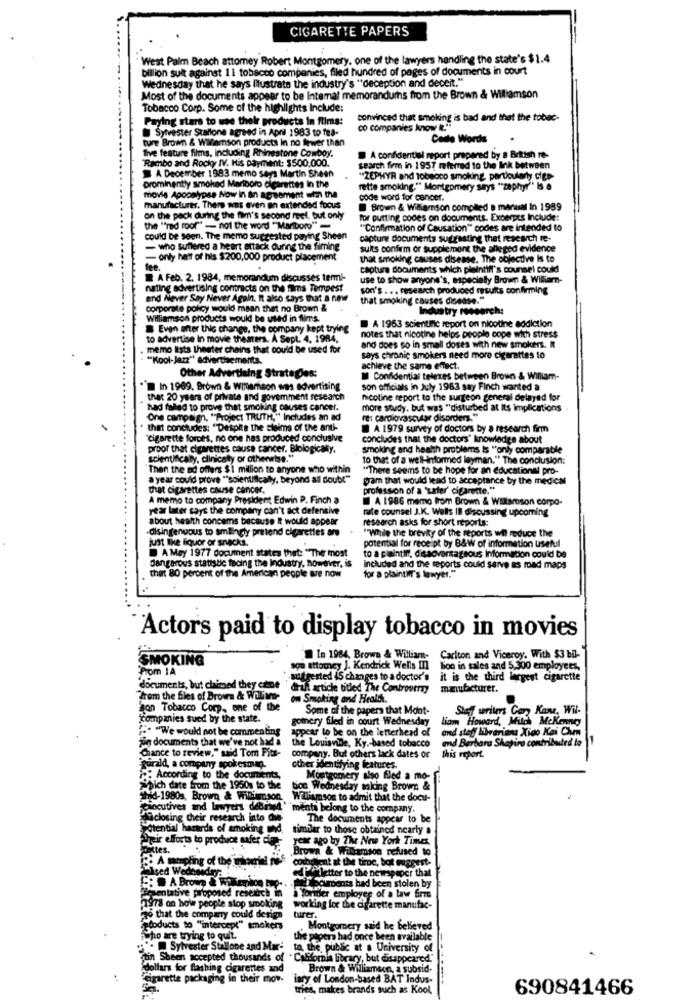
CIGARETTE PAPERS
. West Palm Beach attomey Robert Montgomery, one of the lawyers handling the state's $1.4
billion suit against 11 tobacco companies, filed hundred of pages of documents in court
Wednesday that he says Illustrate the industry's "deception and deceit."
Most of the documents appear to be Intemal memorandumhs from the Brown & Williamson
Tobacco Corp. Some of the highlights Include:
Paying stars to use their products in flims:
convinced that smoking is bad and that the tobac-
Sylvester Stallone agreed in April 1983 to fea-
co companies know it."
ture Brown & Williamson products In no fewer than
Cade Words
five feature films, including Rhinestone Cowboy.
Rambo and Rocky IV. His payment: $500,000.
A confidential report prepared by a British re-
search firm in 1957 referred to the link between
A December 1983 memo says Martin Sheen
'ZEPHYR and tobeoco smoking, particularly cien-
prominently smoked Marlboro cigarettes in the
rette smoking." Montgomery says "zephyr" Is a
movie Apcoslypse Now in an agreement with the
code word for cancer.
manufacturer. There was even an extended focus
Brown & Williamson complied a manuel in 1989
on the pack during the fim's second mel, but only
for putting codes on documents. Excerpts Include:
the "red roof" - not the word ""Marlboro"-
"Confirmation of Causation" codes are intended to
could be seen. The memo suggested paying Sheen
capture documents suggesting that research re-
- who suffered a heart attack during the fiming
suits confirm or supplement the alleged evidence
- only hatt of his $200,000 product placement
that smoking causes disease. The objective Is to
fee.
capture documents which plaintiff's counsel could
A Feb. 2. 1984, memorandum discusses termi-
use to show anyone's, especially Brown & William-
nating advertising contracts on the films Tempest
son's ... research produced results confirming
and Never Say Never Again. It ako says that a new
that smoking caus
ing causes disease."
corporate policy would maan thet no Brown &
Industry research:
Williamson products would be used in flims.
Even after this change, the company kept trying
A 1963 scientinc report on nicotine addiction
to advertise In movie theaters. A Sept. 4, 1984,
notes that nicotine helps people cope with stress
memo lists theater chains that could be used for
and does so in small doses with new smokers. I
""Kool-Jazz" advertisements.
says chronic smokers need more cigarettes to
Other Advertising Strategies:
achieve the same effect.
I Confidential telexes between Brown & William-
. in 1969. Brown & winemson was advertising
son officials in July 1963 say Finch wanted a
that 20 years of private and govemment research
nicotine report to the surgeon general delayed for
had failed to prove that smoking causes cancer.
more study. but was "disturbed at Its implication
One campaign. "Project TRUTH," Includes an ad
re: cardiovascular disorders."
. that concludes: "Despite the claims of the anti-
A 1979 survey of doctors by a research firm
"cigarette forces, no one has produced conclusive
concludes that the doctors" knowledge about
proor that cigarettes cause cancer. Biologicaly,
smoking and health problems Is "only comparabile
scientifically, clinicaty or otherwise."
to that of a well-informed leyman." The conclusion:
"Then the ad offers $1 million to anyone who within
"There seems to be hope for an educational pro-
a year could prove ""scientifically, beyond all doubt"
gram that would lead to acceptance by the medical
that cigarettes cause cancer.
profession of a 'saler' cigarette."
A memo to company President Edwin P. Finch a
A 1986 memo from Brown & Williamson corpo-
year later says the company can't act defensive
about health concems because It would appear
research asks for short reports:
raste counsel J.K. Wells Il discussing upcoming
-disingenuous to smilingly pretend cigarettes an
"While the brevity of the reports wil reduce the
just like liquor or snacks.
potential for receipt by B&W of information useful
A May 1977 document states thet: "The most
to a plaintiff, disadvantageous Information could be
Dangerous statistic facing the Industry, however, is
included and the reports could serve as road maps
thet 80 percent of the American people are now
for a plaintiff's lawyer."
"Actors paid to display tobacco in movies
SMOKING
In 1984, Brown & William-
Carlton and Viceroy. With $3 bil-
Prom IA
son attomey J. Kendrick Wells In
loo in sales and 5,300 employees,
suggested 45 changes to a doctor's it is the third largest cigarette
documents, but chimed they cane
drift article titled The Controversy
manufacturer.
From the files of Brown & Willian-
ow Smoking and Health.
son Tobacco Comp ,, one of the
Some of the papers that Mont-
Staff writes Gan Kame, Wil-
Companies sued by the state.
gomery filed in court Wednesday
liam Howard, Milch McKenney
"We would not be commenting
appear to be on the letterhead of
and stay Librarians Xico Kai Chem
jin documents that we've not had a
and Barbara Shapiro contributed to
Chance to review," said Tom Fits-
the Louisville, Ky .- based tobacco
company. But others lack dates or
this report.
gurald, a company spokesman.
other identifying features.
: According to the documents,
Montgomery also fled a mo-
Which date from the 1950s to the
boa Wednesday making Brown &
thad-1980s, Brown & Will son
Willimson to admit that the docu-
pocutives and lawyers delmed ""ments belong to the company.
faclosing their research into Che
The documents appear to be
Potential hazards of smoking and.
timdar to those obtained nearly a
Their efforts to produce safer die-
year ago by The New York Times
pattes.
Brown & Wiliamson refused to
"A sampling of the mortal nie
comhihient at the time, bot wuggest-
alsed Wedoneday:
ed ifa letter to the newspaper that
: A Brown & Willemiice mp ..
ntative proposed rescoich in
Toourponts had been stolen by
à Yonder employee of a law firms
1978 on how people stop smoking
working for the cigarette manufac-
ao that the company could design
birer.
gooducts to "intercept" smokers
Montgomery said he believed
who are trying to quit.
the papers had once been available
Sylvester Stallone and Mar-
to the public at a University of
Stin Sbeen accepted thousands of
dollars for flashing cigarettes and
Brown & Williamson, a subsid-
Cigarette packaging in their mov-
lary of London-based BAT Indus-
tries, makes brands such as Kool,
690841466